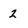
Character: 2